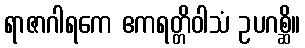
ရာဇာဂါရကေ ဧကရတ္တိဝါသံ ဥပဂစ္ဆိ။